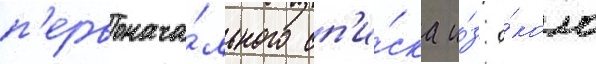
п'ервонача́льного сп'и́ска и́з о́коло